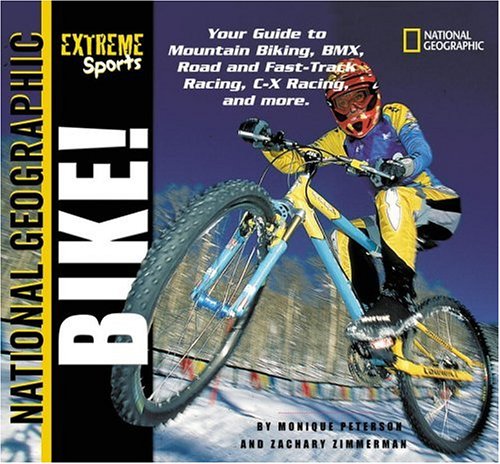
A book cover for Extreme Sports: Bike!; Monique Peterson; Children's Books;